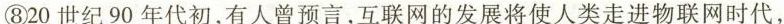
⑧20世纪90年代初，有人曾预言，互联网的发展将使人类走进物联网时代，